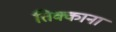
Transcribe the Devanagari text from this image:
तिक्काना